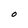
Character: O